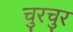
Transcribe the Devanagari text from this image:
चुरचुर